Tezpur Lunatic Asylum reports 1877-1894 - 1877-1894
Year: 1877
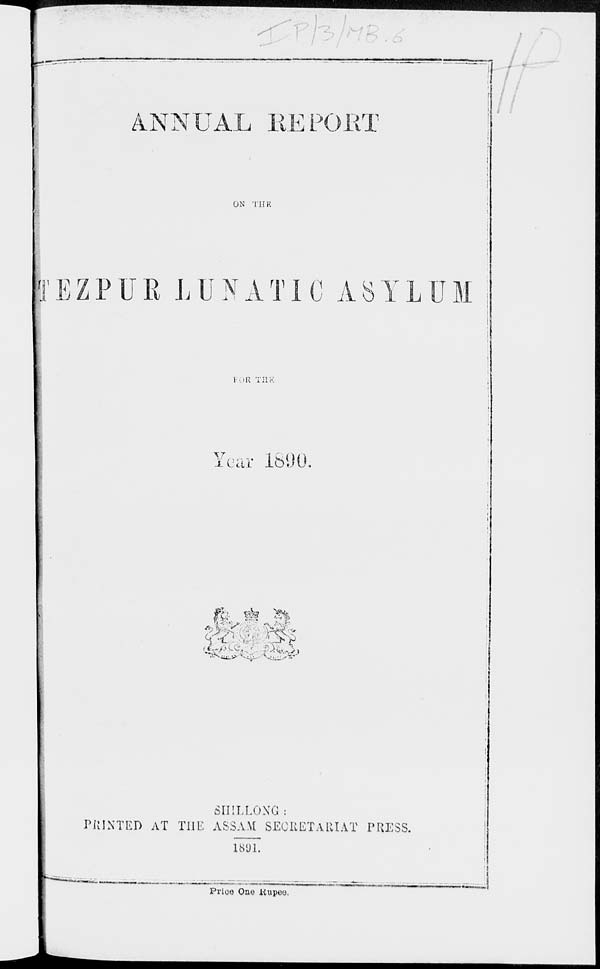
ANNUAL EEPOiiT
ON THE
3'EZPUK LUNATIC ASYLUM
*
I-uK THE
Year 1890.
f& #? S|
SHILLONG s
PIUNTED AT THE ASSAM SECRETARIAT PRESS.
181)1.
Prioe One liupeo.